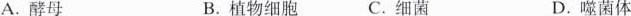
A.酵母 B.植物细胞C.细菌 D.噬菌体